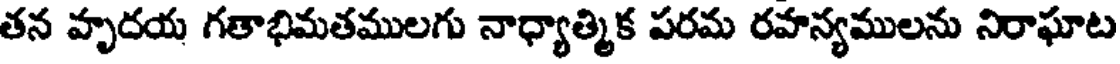
తన హృదయ గతాభిమతములగు నాధ్యాత్మిక పరమ రహన్యములను నిరాఘాట